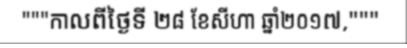
"""កាលពីថ្ងៃទី ២៨ ខែសីហា ឆ្នាំ២០១៧,"""